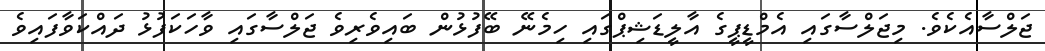
ޖަލްސާއެކެވެ. މިޖަލްސާގައި އެމްޑީޕީގެ އާލީޑަޝިޕްގައި ހިމެނޭ ބޭފުޅުން ބައިވެރިވެ ޖަލްސާގައި ވާހަކަފުޅު ދައްކަވާފައިވެ